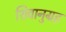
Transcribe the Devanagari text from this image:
शिवानुग्रह